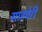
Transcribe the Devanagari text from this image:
गास्पेरी